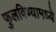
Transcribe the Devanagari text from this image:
फुलविण्यामध्ये